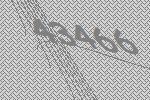
43466